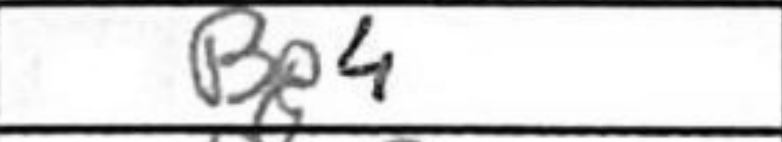
Transcription: Be4